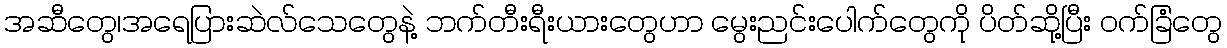
အဆီတွေ၊အရေပြားဆဲလ်သေတွေနဲ့ ဘက်တီးရီးယားတွေဟာ မွေးညင်းပေါက်တွေကို ပိတ်ဆို့ပြီး ဝက်ခြံတွေ